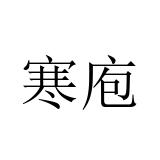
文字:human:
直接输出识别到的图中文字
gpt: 寒庖